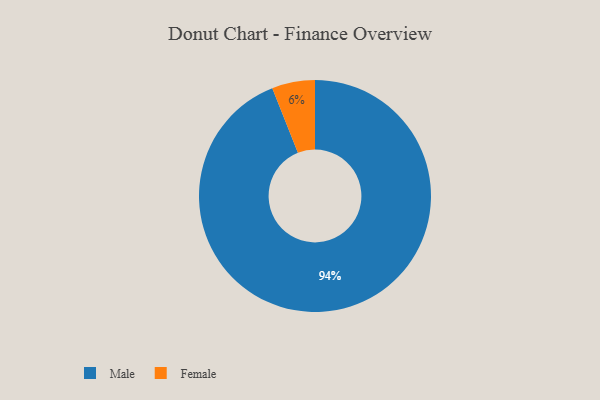
{"axis": {"x": "Category", "y": "Percentage"}, "legend": ["Female", "Male"], "data": [{"x": "Female", "y": 6, "type": "Female"}, {"x": "Male", "y": 94, "type": "Male"}]}